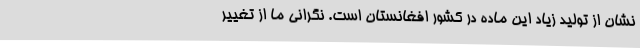
نشان از تولید زیاد این ماده در کشور افغانستان است. نگرانی ما از تغییر